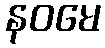
နဝမေ